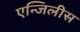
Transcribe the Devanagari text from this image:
एन्जिलीस